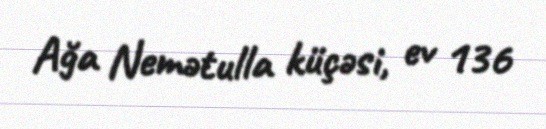
Ağa Nemətulla küçəsi, ev 136